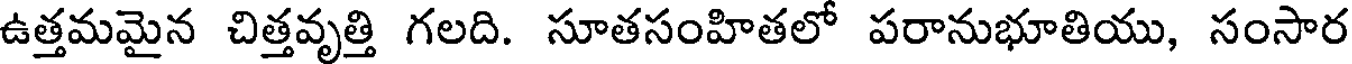
ఉత్తమమైన చిత్తవృత్తి గలది. సూతసంహితలో పరానుభూతియు, సంసార